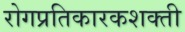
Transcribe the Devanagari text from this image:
रोगप्रतिकारकशक्ती